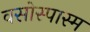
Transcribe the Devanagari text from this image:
वसोस्पास्म